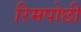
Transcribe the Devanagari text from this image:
रिमपोछी